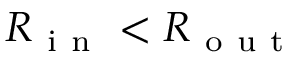
R _ { \mathrm { ~ i ~ n ~ } } < R _ { \mathrm { ~ o ~ u ~ t ~ } }